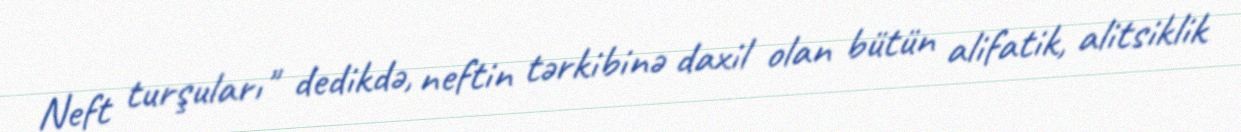
Neft turşuları" dedikdə, neftin tərkibinə daxil olan bütün alifatik, alitsiklik